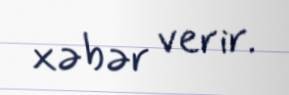
xəbər verir.